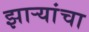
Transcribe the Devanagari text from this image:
झाऱ्यांचा